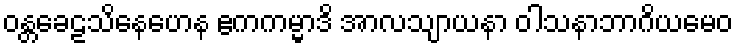
ဝန္တခေဠသိနေဟေန ဧကကမ္မာဒိ အာလသျာယနာ ဝါသနာဘာဂိယမေဝ